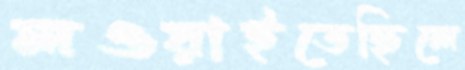
লওয়াইতেছিলে